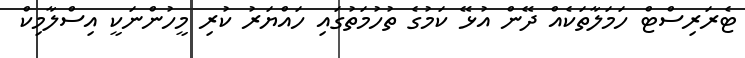
ޓެރަރިސްޓް ހަމަލާތަކެއް ދޭން އުޅޭ ކަމުގެ ތުހުމަތުގައި ހައްޔަރު ކުރި މީހުންނަކީ އިސްލާމިކް